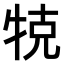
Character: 𤙥